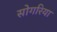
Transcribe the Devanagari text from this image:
सोगरिया